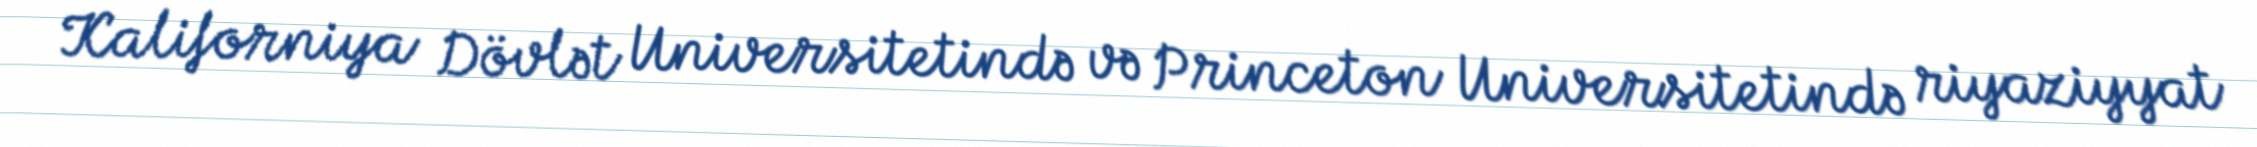
Kaliforniya Dövlət Universitetində və Princeton Universitetində riyaziyyat